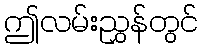
ဤလမ်းညွှန်တွင်